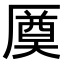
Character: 𠪝